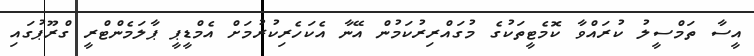
އީސާ ތަމްސީލު ކުރައްވާ ކޮމެޓީތަކުގެ މުގައްރިރުކަމުން އޭނާ އެކަހެރިކުރުމަށް އެމްޑީޕީ ޕާލަމެންޓްރީ ގްރޫޕުގައި